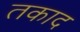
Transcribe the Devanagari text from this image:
तकाद